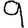
Digit: 9